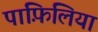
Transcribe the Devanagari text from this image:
पांफ़िलिया